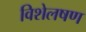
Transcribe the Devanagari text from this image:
विशेलषण